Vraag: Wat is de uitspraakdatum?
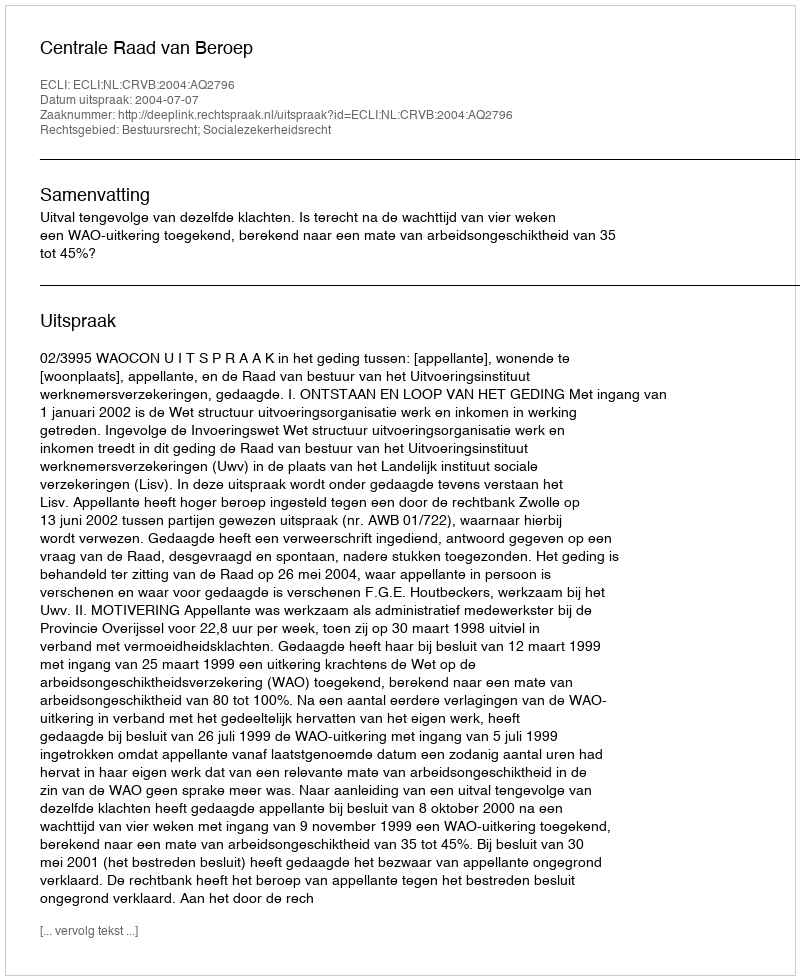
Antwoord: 2004-07-07